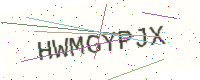
Text: HWMGYPJX